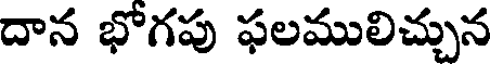
దాన భోగపు ఫలములిచ్చున